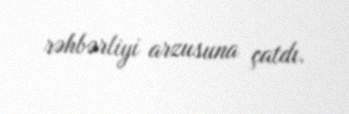
rəhbərliyi arzusuna çatdı.